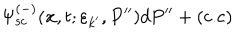
LaTeX: \Psi _ { \mathrm { s c } } ^ { ( - ) } ( { \bf x } , t ; \varepsilon _ { k ^ { \prime } } , P ^ { \prime \prime } ) d P ^ { \prime \prime } + ( \mathrm { c . c } )